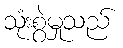
သုံးစွဲမှုသည်